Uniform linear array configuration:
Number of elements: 64
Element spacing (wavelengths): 1
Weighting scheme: kaiser
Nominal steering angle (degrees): -15
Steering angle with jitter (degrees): -13.292
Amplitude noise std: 0.05
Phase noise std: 0.05

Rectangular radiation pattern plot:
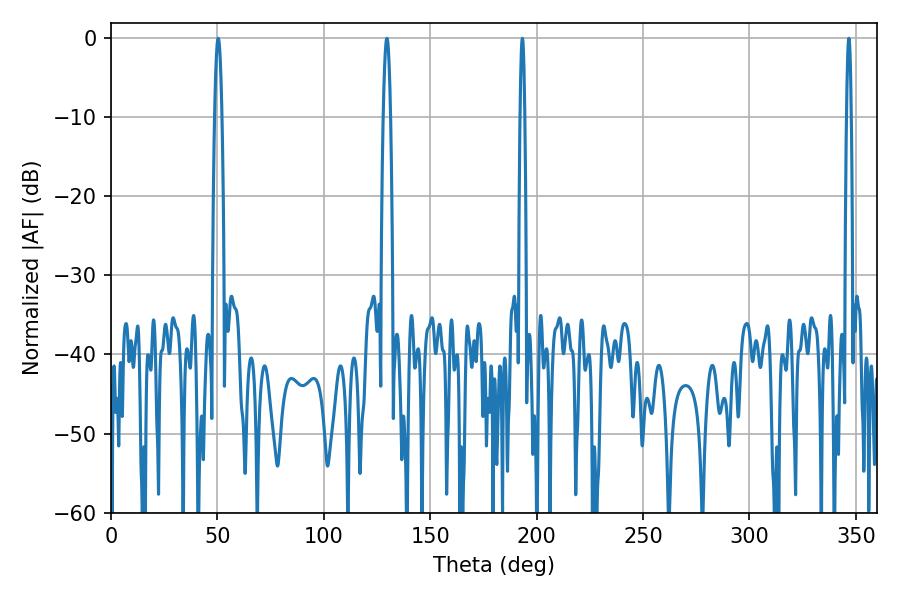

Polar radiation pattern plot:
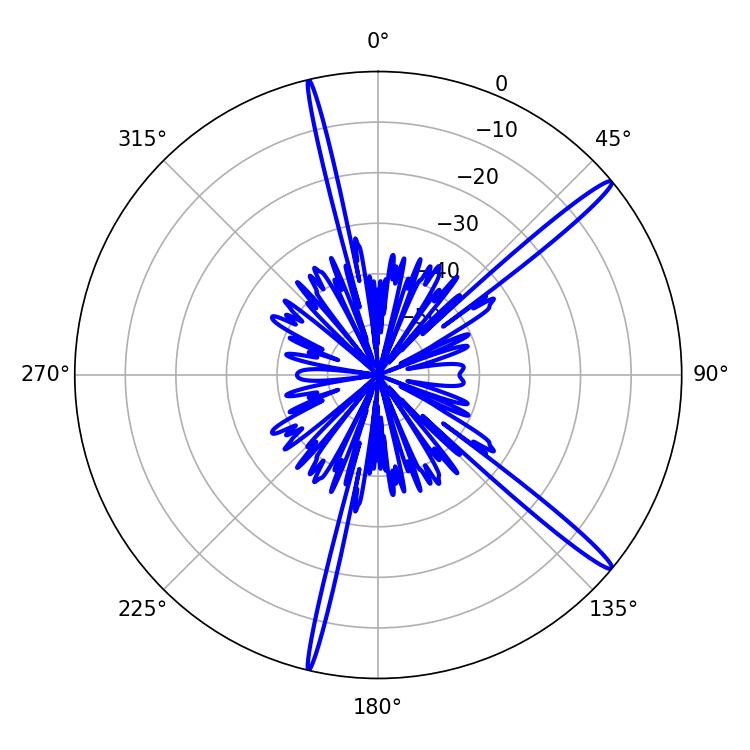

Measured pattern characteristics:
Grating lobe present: TRUE
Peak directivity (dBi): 16.472
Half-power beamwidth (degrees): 1.8
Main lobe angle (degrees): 50.4